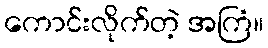
ကောင်းလိုက်တဲ့ အကြံ။